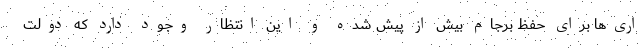
اری‌ها برای حفظ برجام بیش از پیش شده و این انتظار وجود دارد که دولت